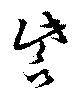
訾